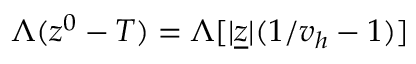
\Lambda ( z ^ { 0 } - T ) = \Lambda [ \vert \underline { { z } } \vert ( 1 / v _ { h } - 1 ) ]